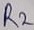
Text: R2